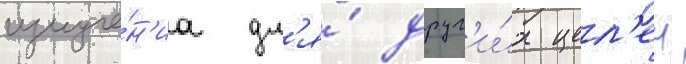
излуче́н'иа дл'я́ друг'и́х цел'еи